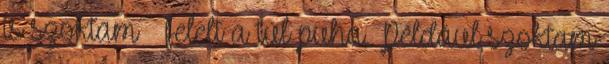
is szoktam – felelt a túl puha. Például szoktam